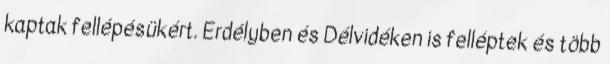
kaptak fellépésükért. Erdélyben és Délvidéken is felléptek és több